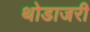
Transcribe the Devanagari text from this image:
थोडाजरी